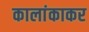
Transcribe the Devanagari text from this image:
कालांकाकर